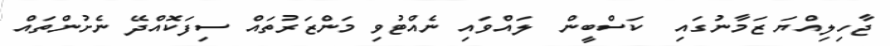
ޖާހިލިއްޔަ ޒަމާނުގައި  ކަސްބީން  ލައްވައި ނެއްޓުވި މަންޒަރުތައް ސިފަކޮއްދޭ ނެށުންތައް